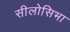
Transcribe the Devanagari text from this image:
सीलोसिभा